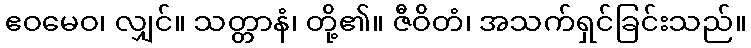
ဧဝမေဝ၊ လျှင်။ သတ္တာနံ၊ တို့၏။ ဇီဝိတံ၊ အသက်ရှင်ခြင်းသည်။